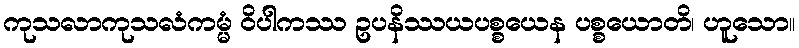
ကုသလာကုသလံကမ္မံ ဝိပါကဿ ဥပနိဿယပစ္စယေန ပစ္စယောတိ၊ ဟူသော။